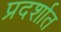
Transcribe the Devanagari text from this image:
प्रदर्शात